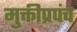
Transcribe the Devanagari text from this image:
मुक्तीप्रपंच